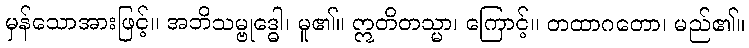
မှန်သောအားဖြင့်။ အဘိသမ္ဗုဒ္ဓေါ၊ မူ၏။ ဣတိတသ္မာ၊ ကြောင့်။ တထာဂတော၊ မည်၏။